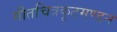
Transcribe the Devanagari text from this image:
गीतचित्रकूटमण्डन